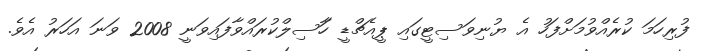
ފުރިހަމަ ކުރެއްވުމަށްފަހު އެ ޔުނިވަސިޓީގައި ޕީއެޗްޑީ ހާަސިލްކުރައްވާފައިވަނީ 2008 ވަނަ އަހަރު އެވެ.